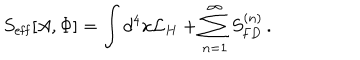
LaTeX: S _ { \mathrm { e f f } } [ A , \Phi ] = \int d ^ { 4 } x { \mathcal L } _ { H } + \sum _ { n = 1 } ^ { \infty } S _ { \mathrm { F D } } ^ { ( n ) } \, .